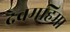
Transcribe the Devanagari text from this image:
देवमहिमा